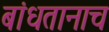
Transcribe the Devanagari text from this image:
बांधतानाच